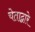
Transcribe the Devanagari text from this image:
चेताद्वारे